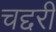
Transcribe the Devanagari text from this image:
चद्दरी